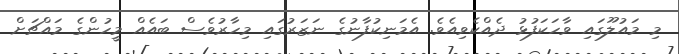
މި މައުލޫގައި ވާހަކަފުޅު ދެއްކެވިއެވެ. އެމަނިކުފާނުގެ ނަޒަރުގައި މިހާރުވެސް ބައެއް މީހުންގެ މައްޗަށް